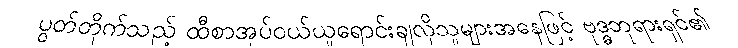
ပွတ်တိုက်သည့် ထီစာအုပ်ဝယ်ယူရောင်းချလိုသူများအနေဖြင့် ဗုဒ္ဓဘုရားရှင်၏